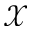
\mathcal { X }